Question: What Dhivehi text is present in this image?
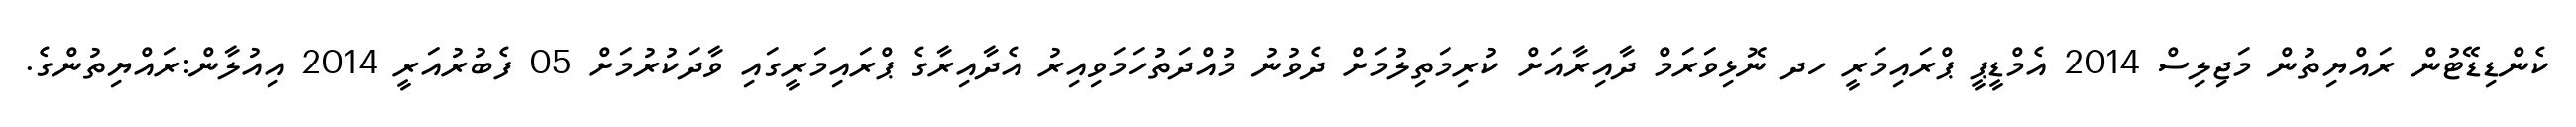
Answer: ކެންޑިޑޭޓުން ރައްޔިތުން މަޖިލިސް 2014 އެމްޑީޕީ ޕްރައިމަރީ ހދ ނޮޅިވަރަމް ދާއިރާއަށް ކުރިމަތިލުމަށް ދެވުނު މުއްދަތުހަމަވިއިރު އެދާއިރާގެ ޕްރައިމަރީގައި ވާދަކުރުމަށް 05 ފެބުރުއަރީ 2014 އިއުލާން:ރައްޔިތުންގެ.